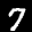
Label: 7